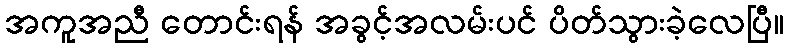
အကူအညီ တောင်းရန် အခွင့်အလမ်းပင် ပိတ်သွားခဲ့လေပြီ။